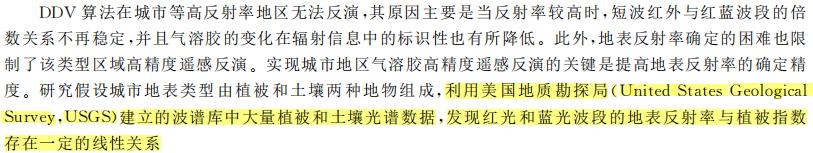
DDV 算法在城市等高反射率地区无法反演，其原因主要是当反射率较高时，短波红外与红蓝波段的倍数关系不再稳定，并且气溶胶的变化在辐射信息中的标识性也有所降低。此外，地表反射率确定的困难也限制了该类型区域高精度遥感反演。实现城市地区气溶胶高精度遥感反演的关键是提高地表反射率的确定精度。研究假设城市地表类型由植被和土壤两种地物组成，利用美国地质勘探局（United States Geological Survey, USGS）建立的波谱库中大量植被和土壤光谱数据，发现红光和蓝光波段的地表反射率与植被指数存在一定线性关系。